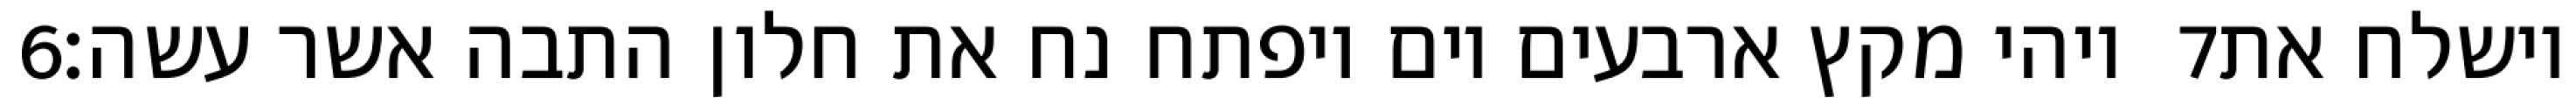
‎6‏ ויהי מקץ ארבעים יום ויפתח נח את חלון התבה אשר עשה׃ ‎7‏ וישלח את